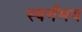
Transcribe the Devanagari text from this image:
स्वर्गंमय